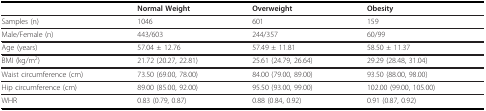
|  | Normal Weight | Overweight | Obesity |
 | --- | --- | --- | --- |
 | Samples (n) | 1046 | 601 | 159 |
 | Male/Female (n) | 443/603 | 244/357 | 60/99 |
 | Age (years) | 57.04 ± 12.76 | 57.49 ± 11.81 | 58.50 ± 11.37 |
 | BMI (kg/m2) | 21.72 (20.27, 22.81) | 25.61 (24.79, 26.64) | 29.29 (28.48, 31.04) |
 | Waist circumference (cm) | 73.50 (69.00, 78.00) | 84.00 (79.00, 89.00) | 93.50 (88.00, 98.00) |
 | Hip circumference (cm) | 89.00 (85.00, 92.00) | 95.50 (93.00, 99.00) | 102.00 (99.00, 105.00) |
 | WHR | 0.83 (0.79, 0.87) | 0.88 (0.84, 0.92) | 0.91 (0.87, 0.92) |